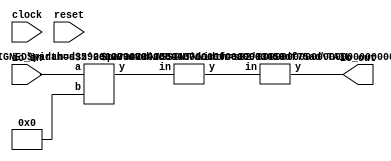
module IntegerModule(
    input clock,
    input reset,
    input [9:0] io_in,
    output [9:0] io_out
);
    wire [9:0] _T_4;
    assign _T_4 = 10'sh0;
    wire [10:0] _T_5;
    ADD_SIGNED #(.width(10)) s_add_1 (
        .y(_T_5),
        .a(io_in),
        .b(_T_4)
    );
    wire [9:0] _T_6;
    TAIL #(.width(11), .n(1)) tail_2 (
        .y(_T_6),
        .in(_T_5)
    );
    wire [9:0] _T_7;
    ASSINT #(.width(10)) assint_3 (
        .y(_T_7),
        .in(_T_6)
    );
    assign io_out = _T_7;
endmodule //IntegerModule
module ADD_SIGNED(y, a, b);
    parameter width = 4;
    output [width:0] y;
    input [width-1:0] a;
    input [width-1:0] b;
    assign y = $signed(a) + $signed(b);
endmodule // ADD_SIGNED
module TAIL(y, in);
    parameter width = 4;
    parameter n = 2;
    output [width-n-1:0] y;
    input [width-1:0] in;
    assign y = in[width-n-1:0];
endmodule // TAIL
module ASSINT(y, in);
    parameter width = 4;
    output [width-1:0] y;
    input [width-1:0] in;
    assign y = $signed(in);
endmodule // ASSINT